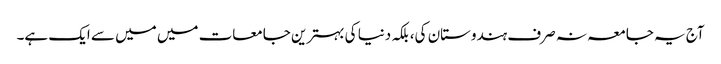
آج یہ جامعہ نہ صرف ہندوستان کی، بلکہ دنیا کی بہترین جامعات میں میں سے ایک ہے۔